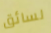
لسائق